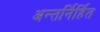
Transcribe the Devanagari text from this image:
अन्तर्निर्हित